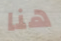
هنا